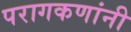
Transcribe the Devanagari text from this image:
परागकणांनी